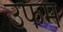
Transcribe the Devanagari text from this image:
उफम